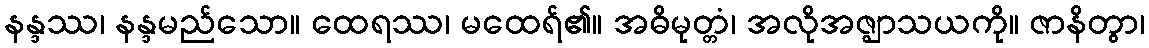
နန္ဒဿ၊ နန္ဒမည်သော။ ထေရဿ၊ မထေရ်၏။ အဓိမုတ္တံ၊ အလိုအဇ္ဈာသယကို။ ဇာနိတွာ၊